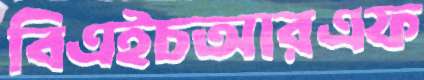
বিএইচআরএফ